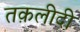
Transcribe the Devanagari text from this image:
तक़लीदी